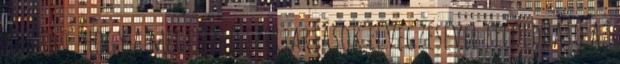
az volt, hogy a megfelelő szertartások elvégzésével feloldható az